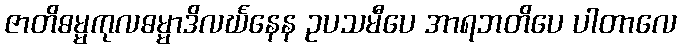
ဇာတိဓမ္မကုလဓမ္မာဒိလင်္ဃနေန ဥပသမီပေ အာရဘတိပေ ပါတာလေ